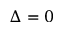
\Delta = 0